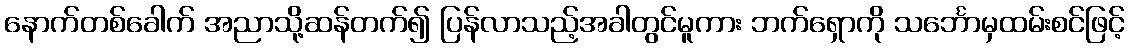
နောက်တစ်ခေါက် အညာသို့ဆန်တက်၍ ပြန်လာသည့်အခါတွင်မူကား ဘက်ရှောကို သင်္ဘောမှထမ်းစင်ဖြင့်